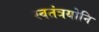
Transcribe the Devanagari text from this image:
स्वतंत्रयोनि